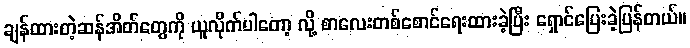
ချန်ထားတဲ့ဆန်အိတ်တွေကို ယူလိုက်ပါတော့ လို့ စာလေးတစ်စောင်ရေးထားခဲ့ပြီး ရှောင်ပြေးခဲ့ပြန်တယ်။